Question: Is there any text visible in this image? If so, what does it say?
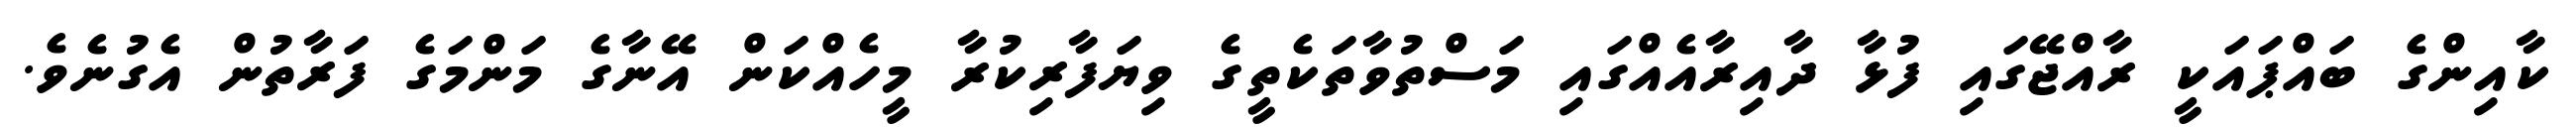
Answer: ކާއިންގެ ބައްޕައަކީ ރާއްޖޭގައި ފުޅާ ދާއިރާއެއްގައި މަސްތުވާތަކެތީގެ ވިޔަފާރިކުރާ މީހެއްކަން އޭނާގެ މަންމަގެ ފަރާތުން އެގުނެވެ.